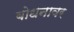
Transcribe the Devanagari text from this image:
बोधनावर